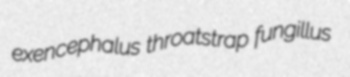
exencephalus throatstrap fungillus